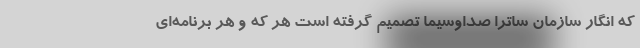
که انگار سازمان ساترا صداوسیما تصمیم گرفته است هر که و هر برنامه‌ای